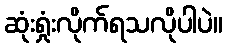
ဆုံးရှုံးလိုက်ရသလိုပါပဲ။